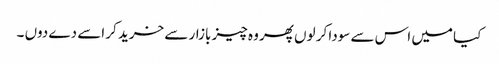
کیا میں اس سے سودا کر لوں پھر وہ چیز بازار سے خرید کر اسے دے دوں ۔